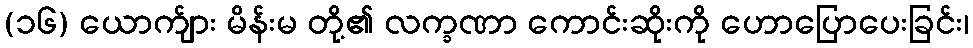
(၁၆) ယောက်ျား မိန်းမ တို့၏ လက္ခဏာ ကောင်းဆိုးကို ဟောပြောပေးခြင်း၊